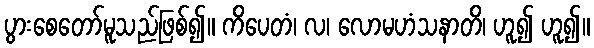
ပွားစေတော်မူသည်ဖြစ်၍။ ကိပေတံ၊ လ၊ လောမဟံသနာတိ၊ ဟူ၍ ဟူ၍။